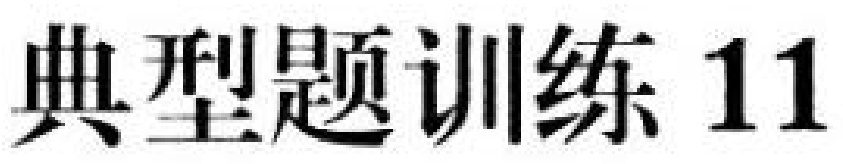
典型题训练\ 11